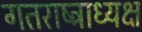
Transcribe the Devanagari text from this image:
गतराष्ट्राध्यक्ष